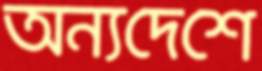
অন্যদেশে